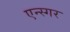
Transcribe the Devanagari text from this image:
एन्स्गर